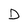
Character: D